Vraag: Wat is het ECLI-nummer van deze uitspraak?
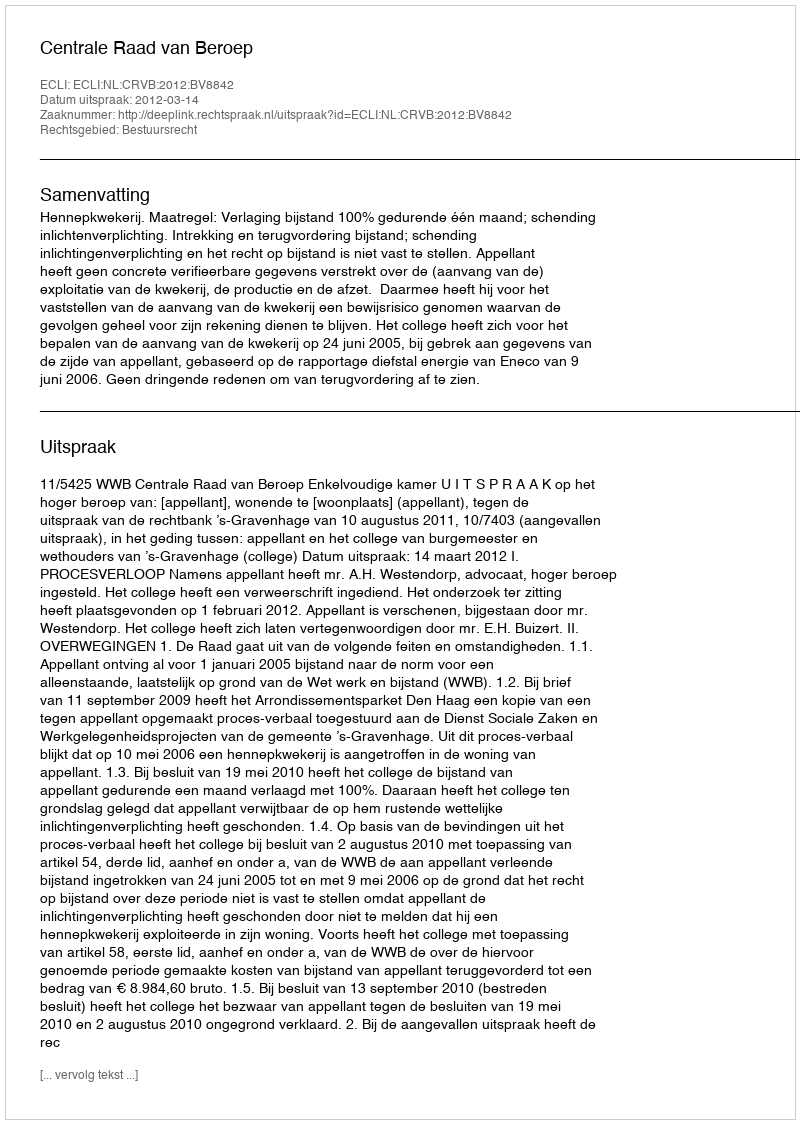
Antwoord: ECLI:NL:CRVB:2012:BV8842